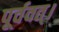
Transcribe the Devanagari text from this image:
पूर्ववत्।